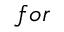
f o r